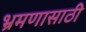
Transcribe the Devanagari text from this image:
भ्रमणासाठी